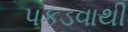
પકડવાથી